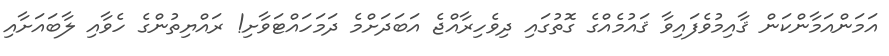
އަމަންއަމާންކަން ޤާއިމުވެފައިވާ ޤައުމެއްގެ ގޮތުގައި ދިވެހިރާއްޖެ އަބަދަށްމެ ދަމަހައްޓަވާށި! ރައްޔިތުންގެ ހެވާއި ލާބައަށާއި